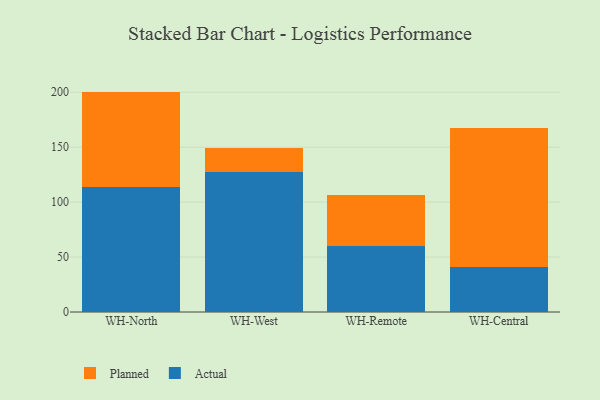
{"axis": {"x": "Warehouse", "y": "Shipments"}, "legend": ["Actual", "Planned"], "data": [{"x": "WH-North", "y": 113.7, "type": "Actual"}, {"x": "WH-North", "y": 86.9, "type": "Planned"}, {"x": "WH-West", "y": 127.8, "type": "Actual"}, {"x": "WH-West", "y": 21.6, "type": "Planned"}, {"x": "WH-Remote", "y": 60.0, "type": "Actual"}, {"x": "WH-Remote", "y": 46.4, "type": "Planned"}, {"x": "WH-Central", "y": 41.2, "type": "Actual"}, {"x": "WH-Central", "y": 126.1, "type": "Planned"}]}